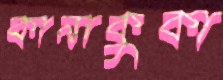
কানাকুকা